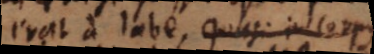
erat a labe, et in corp